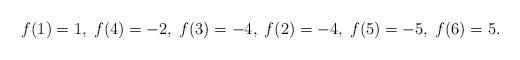
LaTeX: \begin{align*}f(1)=1,\;f(4)=-2,\;f(3)=-4,\;f(2)=-4,\;f(5)=-5,\;f(6)=5.\end{align*}